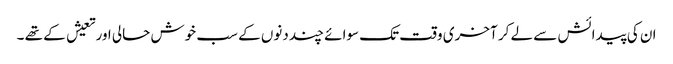
ان کی پیدائش سے لے کر آخری وقت تک سوائے چند دنوں کے سب خوش حالی اور تعیش کے تھے ۔